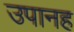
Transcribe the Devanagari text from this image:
उपानह